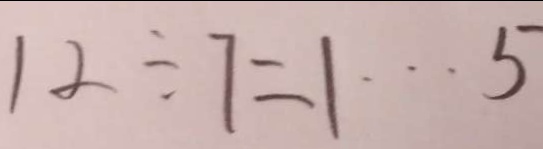
1 2 \div 7 = 1 \cdots 5